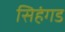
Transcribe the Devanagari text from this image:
सिहंगड